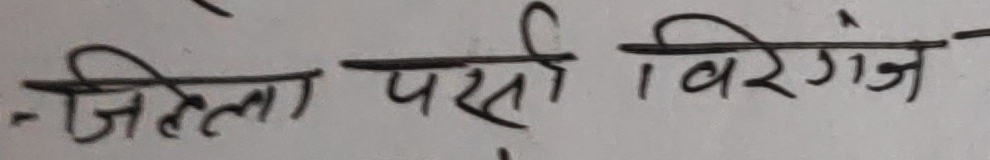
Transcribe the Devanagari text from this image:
जिल्ला पर्सा विरगंज